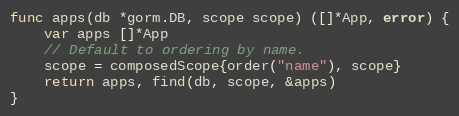
Language: Go
func apps(db *gorm.DB, scope scope) ([]*App, error) {
	var apps []*App
	// Default to ordering by name.
	scope = composedScope{order("name"), scope}
	return apps, find(db, scope, &apps)
}